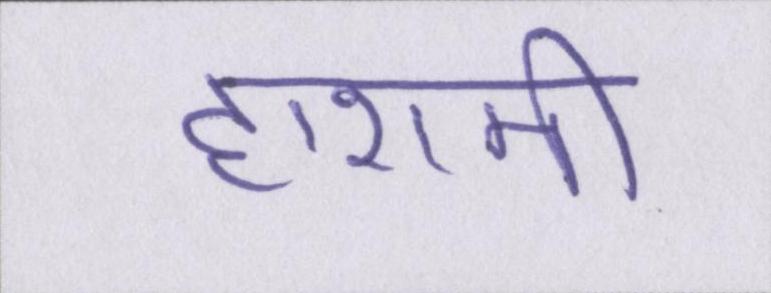
हाशमी